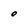
Character: O